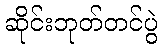
ဆိုင်းဘုတ်တင်ပွဲ